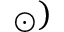
_ { \odot } )